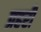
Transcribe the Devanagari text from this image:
प्रहरीं